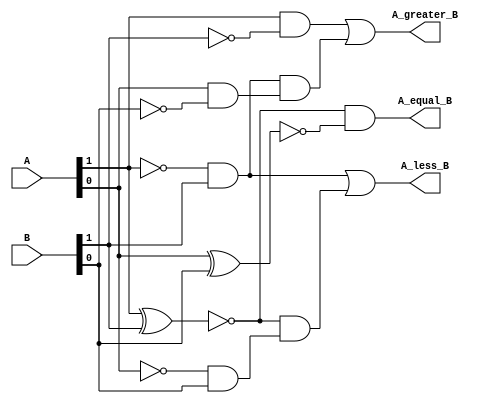
`timescale 1ns / 1ps
//////////////////////////////////////////////////////////////////////////////////
// Company: 
// Engineer: 
// 
// Design Name: 
// Module Name: comparator
// Project Name: 
// Target Devices: 
// Tool Versions: 
// Description: 
// 
// Dependencies: 
// 
// Revision:
// Revision 0.01 - File Created
// Additional Comments:
// 
//////////////////////////////////////////////////////////////////////////////////


module comparator (input [1:0] A, B, output A_less_B, A_equal_B, A_greater_B);
  wire tmp1, tmp2, tmp3, tmp4, tmp5, tmp6;

  // A = B output  
  assign tmp1 = ~(A[1] ^ B[1]); 
  assign tmp2 = ~(A[0] ^ B[0]); 
  assign A_equal_B = tmp1 & tmp2;

  // A less than B output   
  assign tmp3 = (~A[1]) & B[1];    
  assign tmp4 = (~A[0]) & B[0];  
  assign A_less_B = tmp3 | (tmp1 & tmp4);

  // A greater than B output   
  assign tmp5 = A[1] & (~B[1]);  
  assign tmp6 = A[0] & (~B[0]);  
  assign A_greater_B = tmp5 | (tmp3 & tmp6);  

endmodule